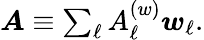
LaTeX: \begin{array}{r}{\boldsymbol{A}\equiv\sum_{\ell}A_{\ell}^{(w)}\boldsymbol{w}_{\ell}.}\end{array}